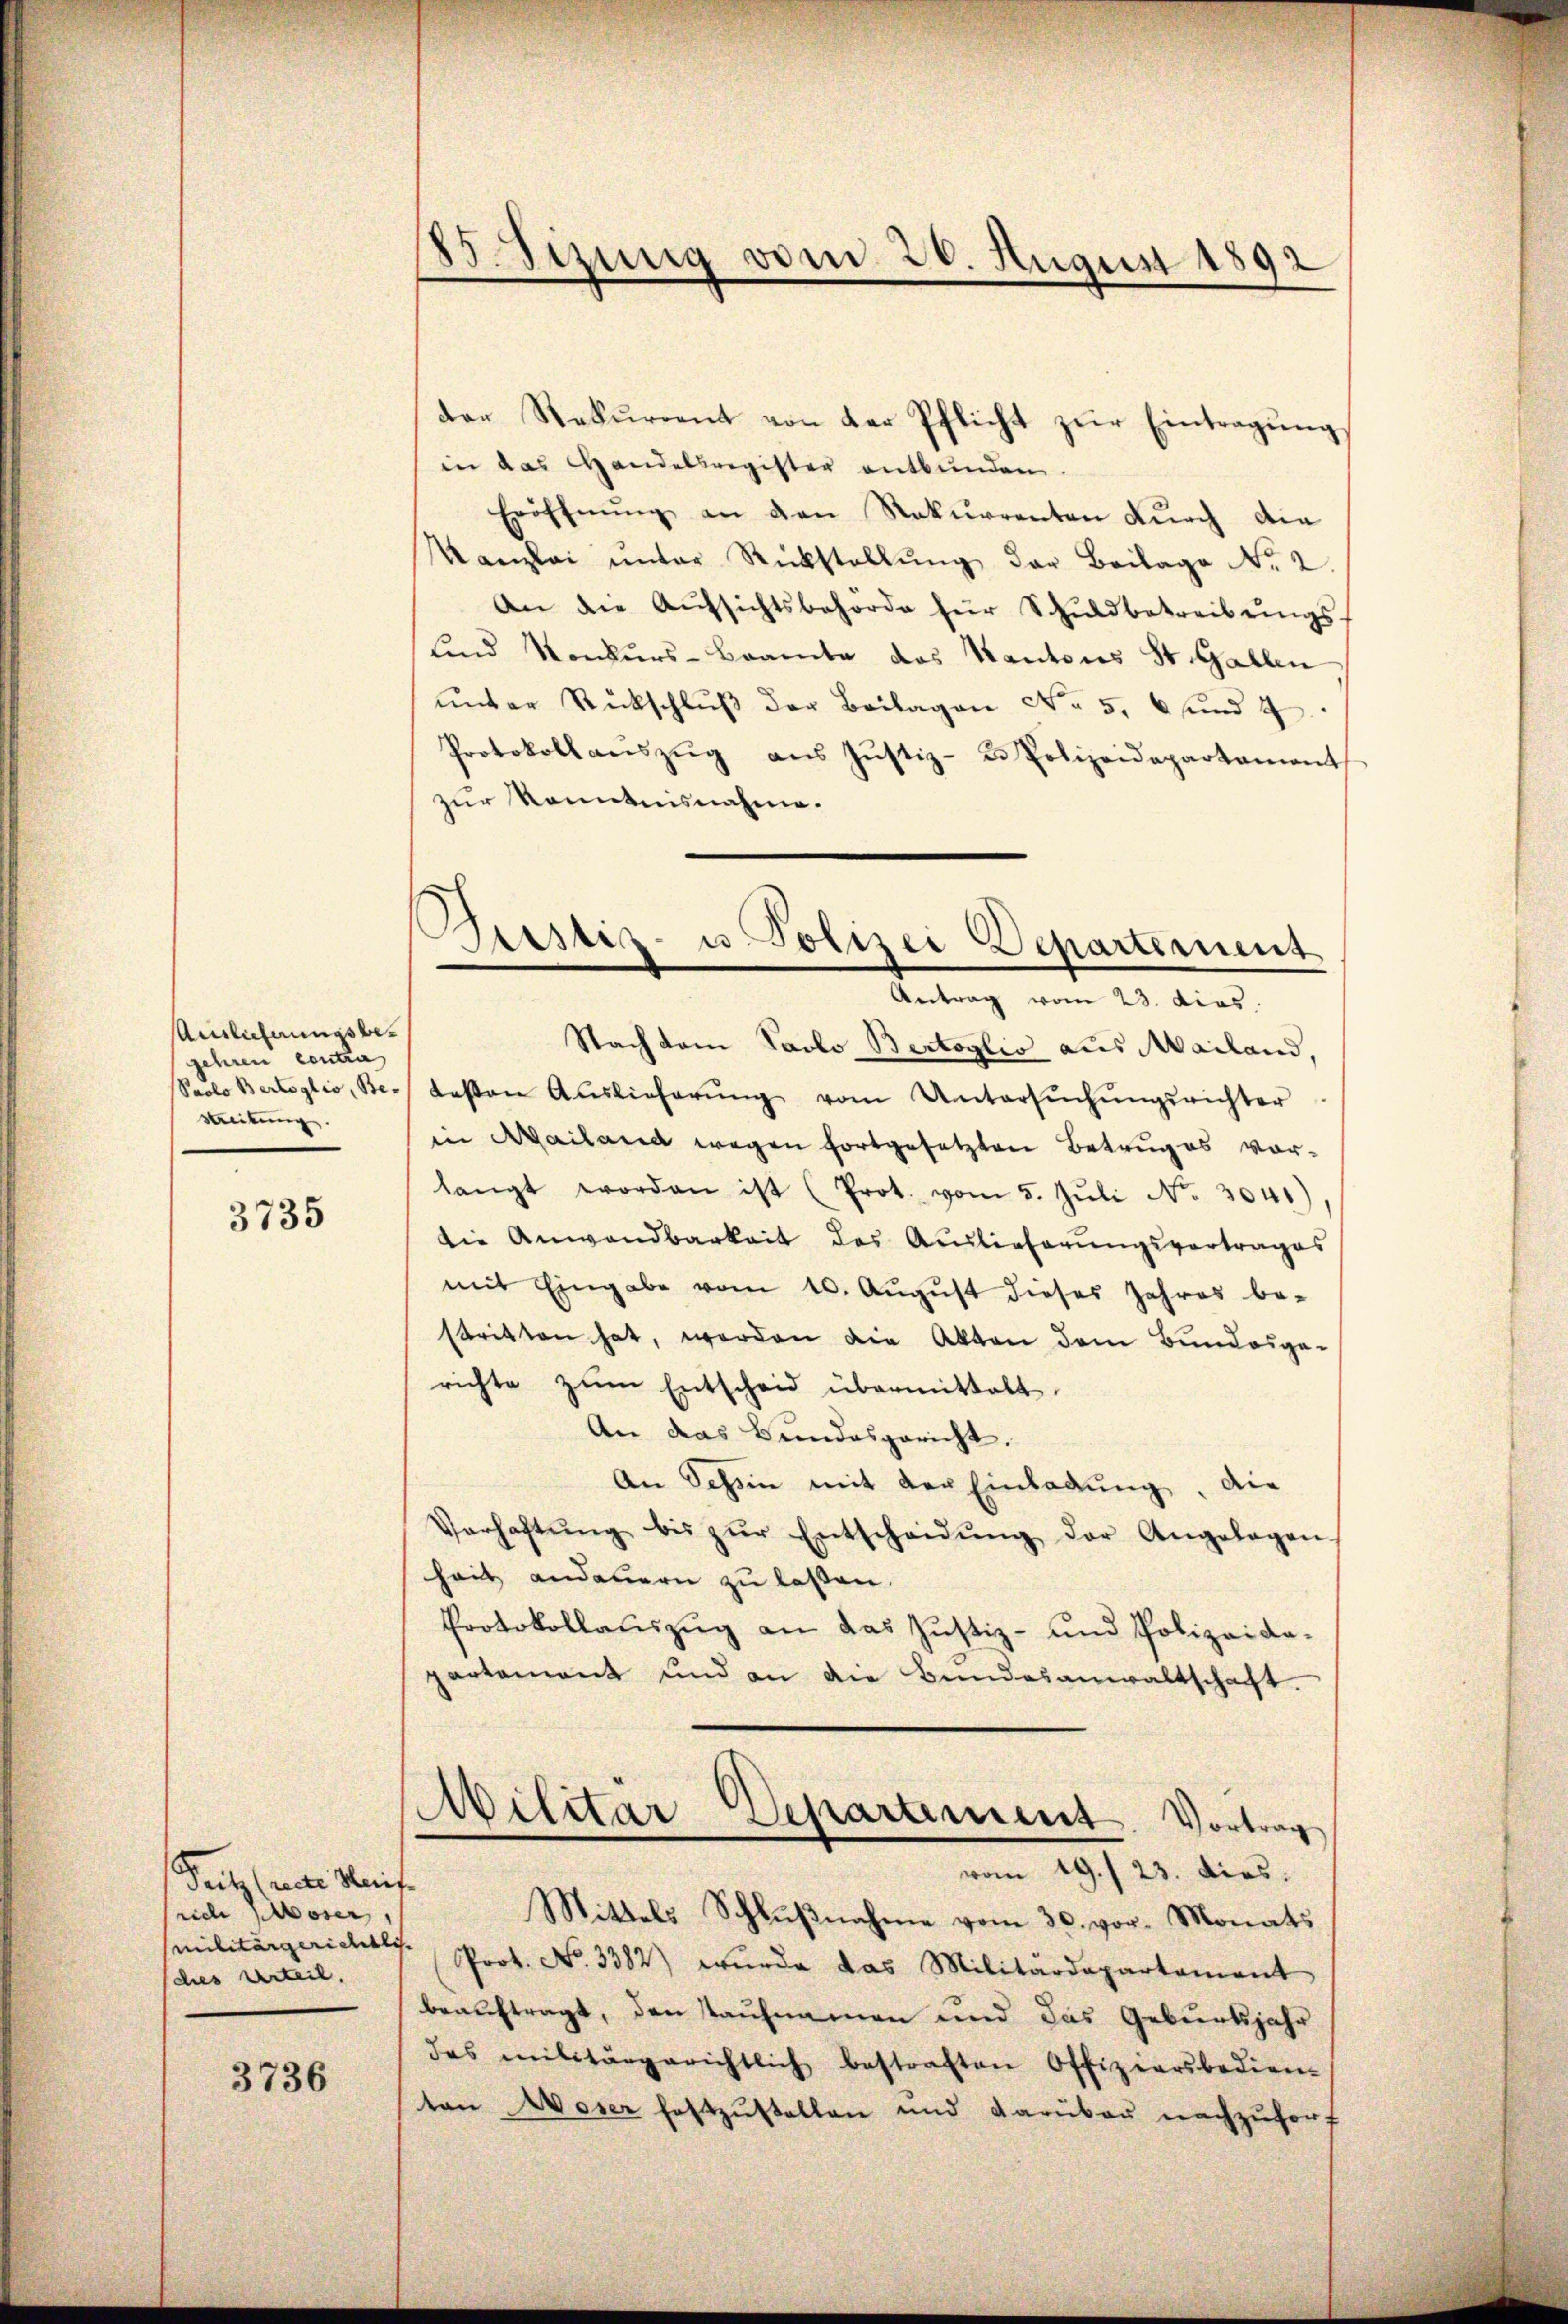
Auslichnungsbegehren contra
Streitung.

3735

Peitz (recte Reif
rich Moser,
des Urteil.

3736

B.Sizung vom 26. August 1892

der Rekurrent von der Pflicht zŭr Eintragung,
in das Handelsregister entbunden.
Eröffnŭng an den Rekurrenten dŭrch die
Kanzlei ŭnter Rückstellŭng der Beilage No 2.
An die Aŭfsichtsbehörde für Schŭldbetreibŭngs-
und Konkurs-Brante das Kantons St. Gallen
ŭnter Rückschlŭβ der Beilagen No. 5. 6 und 2
Protokollanszŭg aŭs Jŭstiz- u. Polizeidepartament
zur Kenntnisnahme.
Nach dem Facto Bertoglio aus Mailand,
Paelo Bertoglio, Bei lesen Auslieferŭng vom Untersŭchŭngsrichter
in Mailand wegen fortgesetzten Betruges vorlangt worden ist (Prot. vom 5. Jŭli Nr. 3041)
die Anwandbarkeit des Auslieferungsvortrages
mit Eingabe vom 10. Aŭgŭst dieses Jahres be-
stritten hat, werden die Akten dem Bundesge-
richte zum Entscheid übermittelt.
An das Bundesgericht.
An Schin mit der Einladung, die
Verhaftŭng bis zŭr Entscheidŭng der Angelagen-
heit andauern zu lassen.
Protokollauszug an das Justiz- und Polizeida-
partement und an die Bundesanwaltschaft.
)
Militar Separtiment. Vortrag
vom 19. 23. dies.
Mittels Schlußnahme vom 30. vor. Monats
militärgerichtes Prot. No. 3382) wurde das Militärdepartament
beauftragt, den saufnamen und das Geburtsjahr
das militärgerichtlich bestraften Offiziersbedien-
ton Moser festzustellen und darüber nachzuforf

Justiz- u. Polizei Departement
Antrag vom 23. dies